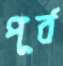
পূর্ব